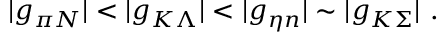
| g _ { \pi N } | < | g _ { K \Lambda } | < | g _ { \eta n } | \sim | g _ { K \Sigma } | ~ .